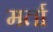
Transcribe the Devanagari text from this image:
मर्ता